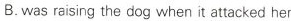
B.was raising the dog when it attacked her